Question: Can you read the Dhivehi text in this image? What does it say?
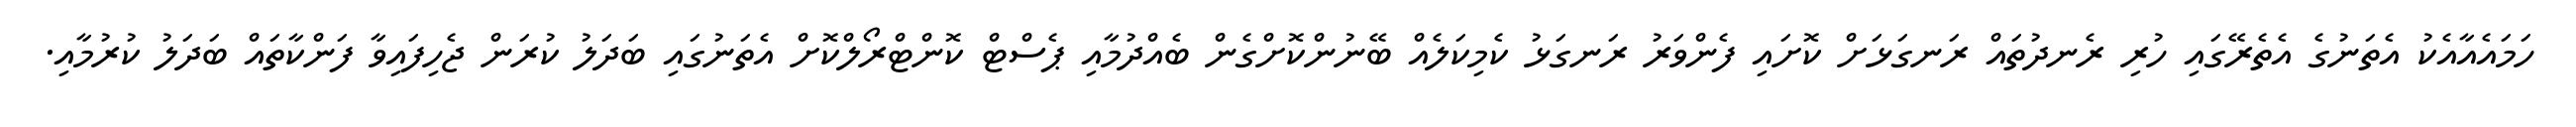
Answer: ހަމައެއާއެކު އެތަނުގެ އެތެރޭގައި ހުރި ރެނދުތައް ރަނގަޅަށް ކޮށައި ފެންވަރު ރަނގަޅު ކެމިކަލެއް ބޭނުންކޮށްގެން ބެއްދުމާއި ޕެސްޓް ކޮންޓްރޯލްކޮށް އެތަނުގައި ބަދަލު ކުރަން ޖެހިފައިވާ ފަންކާތައް ބަދަލު ކުރުމާއި.